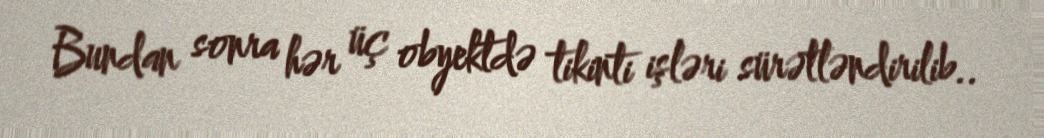
Bundan sonra hər üç obyektdə tikinti işləri sürətləndirilib..